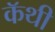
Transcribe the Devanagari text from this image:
कॅथी